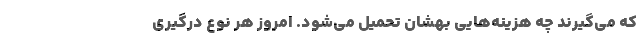
که می‌گیرند چه هزینه‌هایی بهشان تحمیل می‌شود. امروز هر نوع درگیری